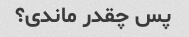
پس چقدر ماندی؟